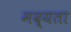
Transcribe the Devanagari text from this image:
मद्यता